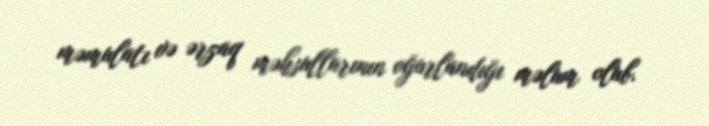
məmulatı və ərzaq məhsullarının oğurlandığı məlum olub.